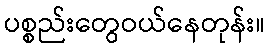
ပစ္စည်းတွေဝယ်နေတုန်း။